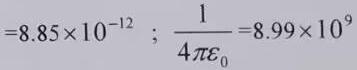
$=8.85\times 10^{-12} \ ;\ \frac{1}{4\pi \varepsilon _{0}}=8.99\times 10^{9}$